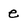
Character: e